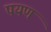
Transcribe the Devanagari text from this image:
पयण